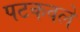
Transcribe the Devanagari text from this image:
पटकवले